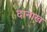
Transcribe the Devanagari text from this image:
दानाख